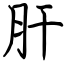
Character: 肝